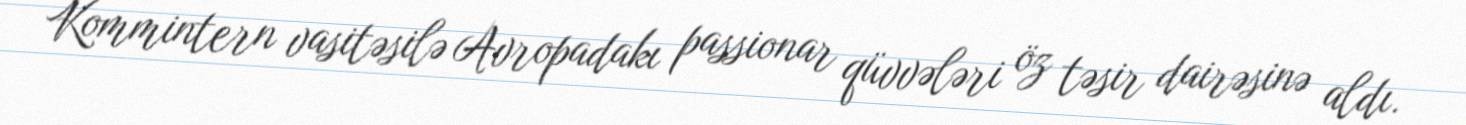
Kommintern vasitəsilə Avropadakı passionar qüvvələri öz təsir dairəsinə aldı.